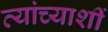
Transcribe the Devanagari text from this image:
त्यांच्याशीं